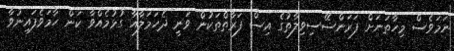
ނަމަވެސް މިހާތަނަށް ފަރަންސޭސިވިލާތުގެ އިސް ފަރާތްތަކުން ވަނީ ދެހަމަލާއާ ގުޅުމެއްވާ ކަން ހާމަވެފައިނުވާ